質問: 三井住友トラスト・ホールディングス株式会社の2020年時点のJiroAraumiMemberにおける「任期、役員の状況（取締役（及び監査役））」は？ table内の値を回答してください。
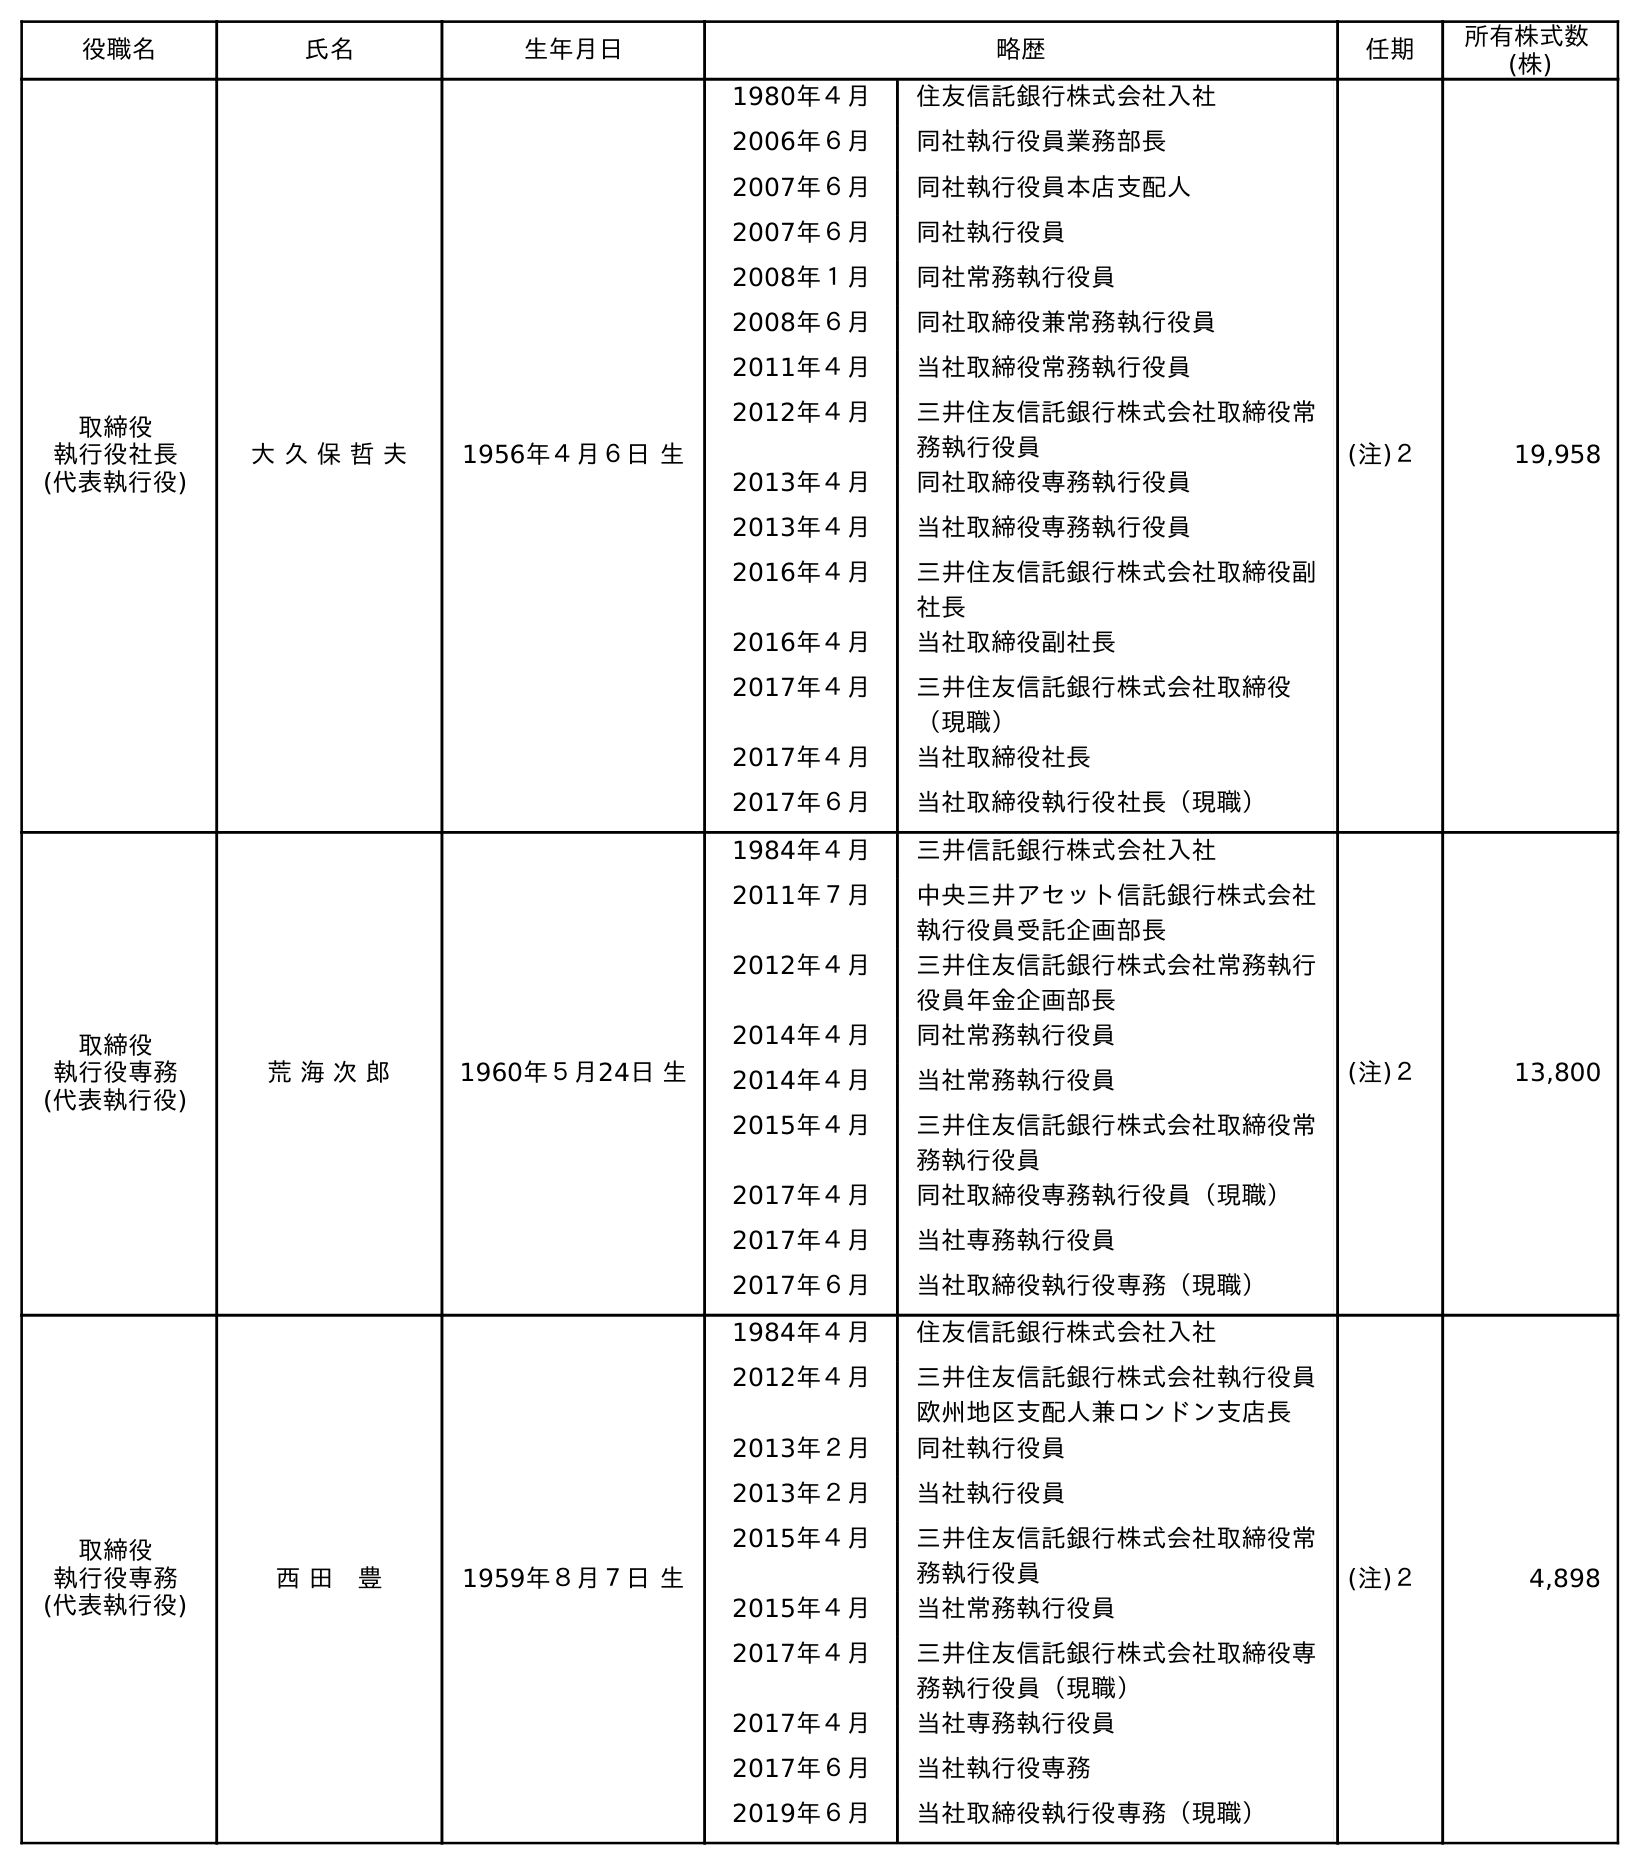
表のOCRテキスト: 役職名 氏名 生年月日 略歴 任期 所有株式数 (株) 取締役 執行役社長 (代表執行役) 大 久 保 哲 夫 1956年４月６日 生 1980年４月 住友信託銀行株式会社入社 2006年６月 同社執行役員業務部長 2007年６月 同社執行役員本店支配人 2007年６月 同社執行役員 2008年１月 同社常務執行役員 2008年６月 同社取締役兼常務執行役員 2011年４月 当社取締役常務執行役員 2012年４月 三井住友信託銀行株式会社取締役常 務執行役員 2013年４月 同社取締役専務執行役員 2013年４月 当社取締役専務執行役員 2016年４月 三井住友信託銀行株式会社取締役副 社長 2016年４月 当社取締役副社長 2017年４月 三井住友信託銀行株式会社取締役 （現職） 2017年４月 当社取締役社長 2017年６月 当社取締役執行役社長（現職） (注)２ 19,958 取締役 執行役専務 (代表執行役) 荒 海 次 郎 1960年５月24日 生 1984年４月 三井信託銀行株式会社入社 2011年７月 中央三井アセット信託銀行株式会社 執行役員受託企画部長 2012年４月 三井住友信託銀行株式会社常務執行 役員年金企画部長 2014年４月 同社常務執行役員 2014年４月 当社常務執行役員 2015年４月 三井住友信託銀行株式会社取締役常 務執行役員 2017年４月 同社取締役専務執行役員（現職） 2017年４月 当社専務執行役員 2017年６月 当社取締役執行役専務（現職） (注)２ 13,800 取締役 執行役専務 (代表執行役) 西 田 豊 1959年８月７日 生 1984年４月 住友信託銀行株式会社入社 2012年４月 三井住友信託銀行株式会社執行役員 欧州地区支配人兼ロンドン支店長 2013年２月 同社執行役員 2013年２月 当社執行役員 2015年４月 三井住友信託銀行株式会社取締役常 務執行役員 2015年４月 当社常務執行役員 2017年４月 三井住友信託銀行株式会社取締役専 務執行役員（現職） 2017年４月 当社専務執行役員 2017年６月 当社執行役専務 2019年６月 当社取締役執行役専務（現職） (注)２ 4,898
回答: (注)２